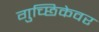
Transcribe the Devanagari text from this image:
गुच्छिकेवर